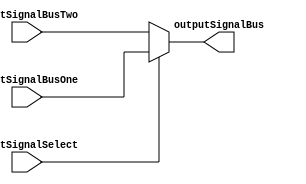
/**************************************************************************************************
*                  <2019> Interceptor
*          Please refer to license.txt for the 
*          legal contents of this software build
***************************************************************************************************
*Project:          Verilog Modules
*Description:      This file takes three inputs, two buses and one select to select a bus output
***************************************************************************************************
*Change History:
*   Version        Date            Author          Description
*   -------        ----            ------          -----------
*   1.0            29/01/18        Rubber-Duck-999 Creation of file
*
***************************************************************************************************
*Logic table:
*   Input 1     |     Input 2     |     Select     |    Output
*   -----       |     -----       |     -----      |    ------
*   0000 0000   |     0000 1111   |       0        |    0000 1111
*   0001 0000   |     0000 1000   |       0        |    0000 1000
*   0010 0000   |     0000 0100   |       0        |    0000 0100
*   0100 0000   |     0000 0010   |       0        |    0000 0010
*   1000 0000   |     0000 0001   |       0        |    0000 0001
*   1111 0000   |     0000 0000   |       1        |    1111 0000
*
***************************************************************************************************
*Parameters:
*   Name              Direction       Description
*   ----              ---------       ----
*   inputSignalBusOne Input           This is the first input signal
*   inputSignalBusTwo Input           This is the second input signal
*   inputSignalSelect Input           This is the select input signal
*   outputSignalBus   Output          This is the output boolean signal 
*
***************************************************************************************************/
module MUX8_8
(
    inputSignalBusOne,
    inputSignalBusTwo,
	inputSignalSelect,
    outputSignalBus
);

input  [7:0]  inputSignalBusOne;
input  [7:0]  inputSignalBusTwo;
input         inputSignalSelect;

output [7:0]  outputSignalBus;

assign outputSignalBus = (inputSignalSelect) ? inputSignalBusOne: inputSignalBusTwo;

endmodule